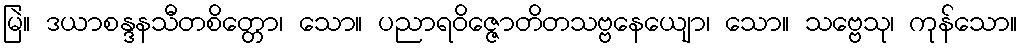
မြဲ။ ဒယာစန္ဒနသီတစိတ္တော၊ သော။ ပညာရဝိဇ္ဇောတိတသဗ္ဗနေယျော၊ သော။ သဗ္ဗေသု၊ ကုန်သော။